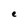
Character: e